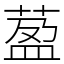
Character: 萾